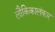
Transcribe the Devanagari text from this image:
लौकिकालंकार